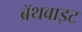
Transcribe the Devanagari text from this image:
ब्रॅथवाइट